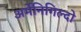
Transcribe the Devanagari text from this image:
अर्मेनिगिल्दो